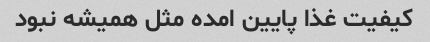
کیفیت غذا پایین امده مثل همیشه نبود